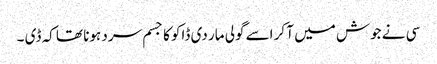
سی نے جوش میں آ کر اسے گولی مار دی ڈاکو کا جسم سرد ہونا تھا کہ ڈی ۔